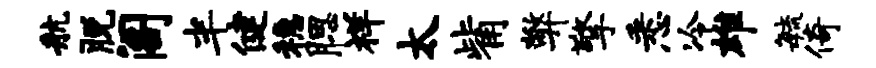
航脱阁半健稳腮祥太觜弊擎悉冷雄敏倚